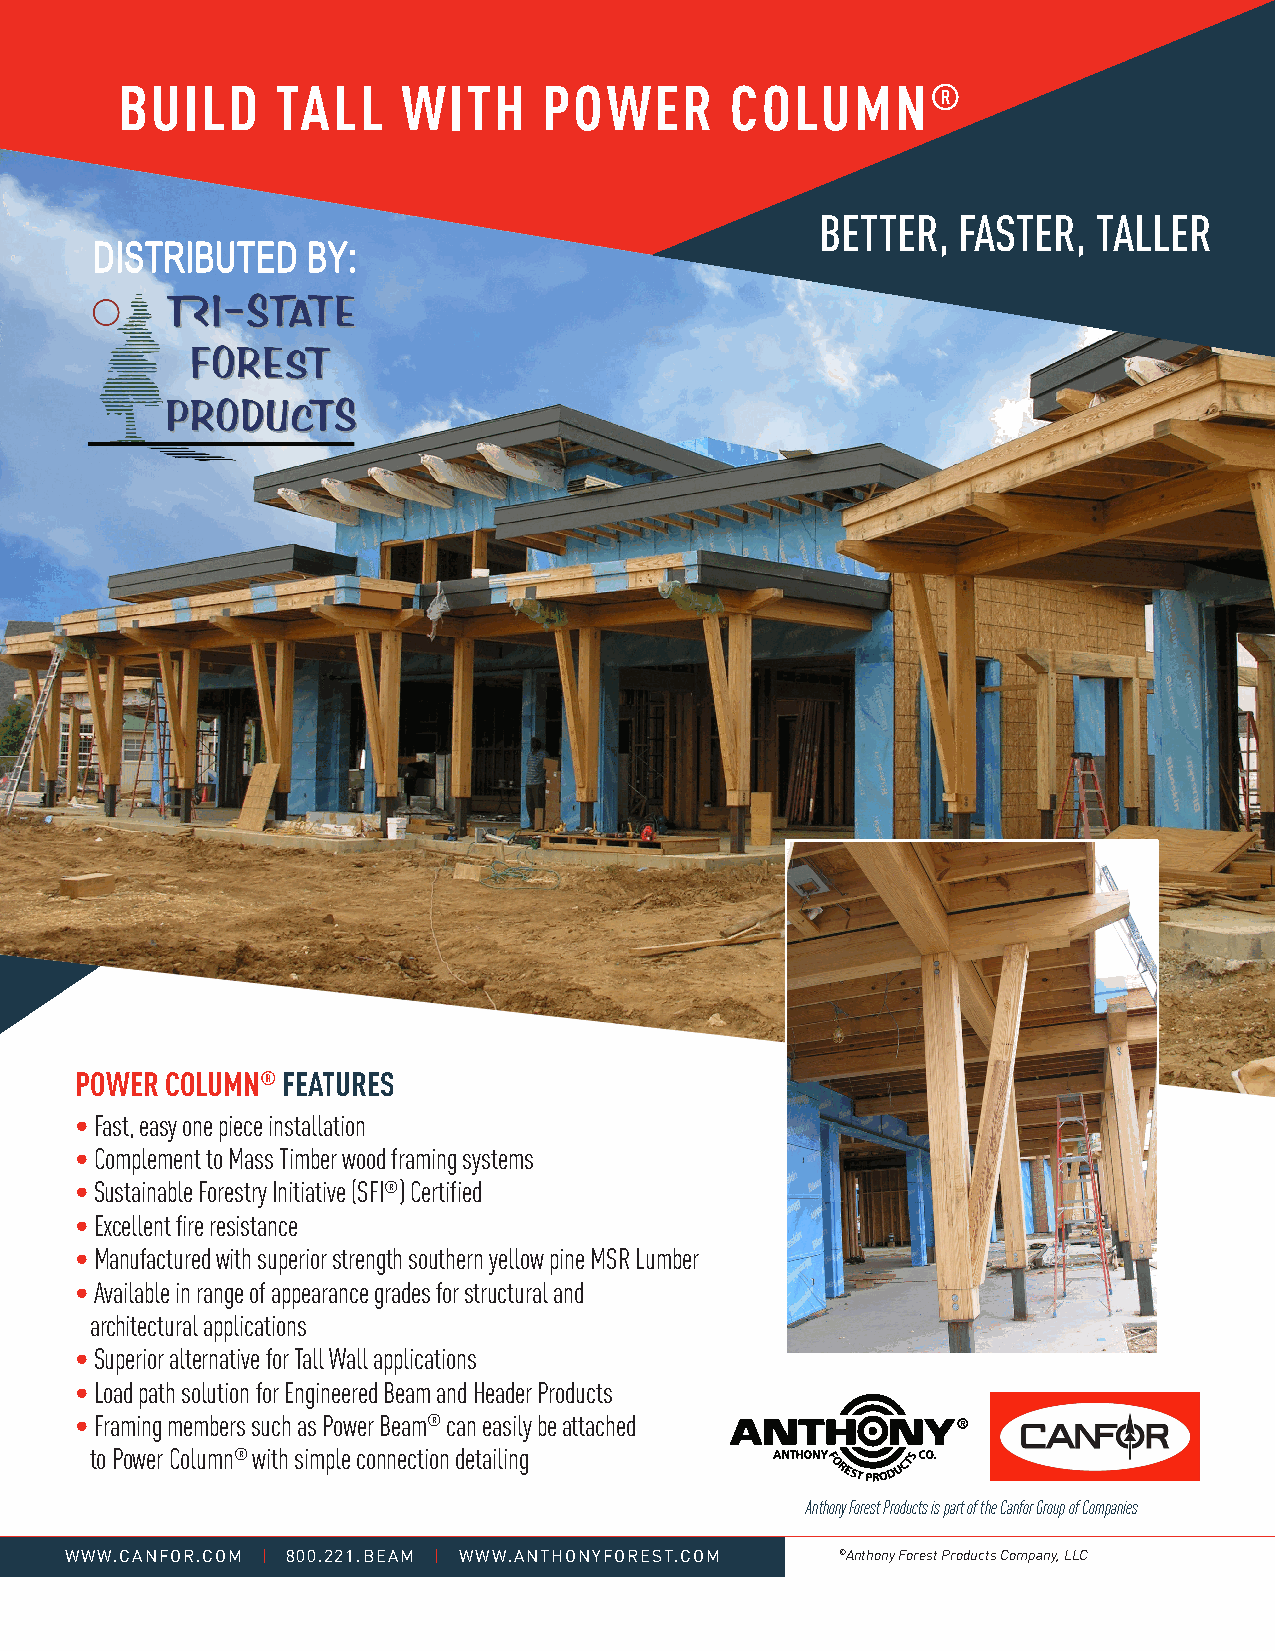
BUILD     TALL     WITH     POWER       COLUMN®
 BETTER,  FASTER,   TALLER
 DISTRIBUTED   BY:
 POWER COLUMN® FEATURES
 •Fast, easy one piece installation
 •Complement to Mass Timber wood framing systems
 •Sustainable Forestry Initiative (SFI®) Certified
 •Excellent fire resistance
 •Manufactured with superior strength southern yellow pine MSR Lumber
 •Available in range of appearance grades for structural and
 architectural applications
 •Superior alternative for Tall Wall applications
 •Load path solution for Engineered Beam and Header Products
 •Framing members such as Power Beam® can easily be attached
 to Power Column® with simple connection detailing
 Anthony Forest Products is part of the Canfor Group of Companies
 WWW.CANFOR.COM | 800.221.BEAM | WWW.ANTHONYFOREST.COM ©Anthony Forest Products Company, LLC